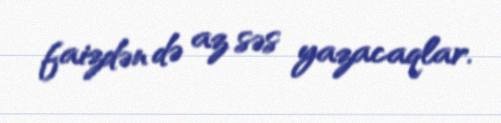
faizdən də az səs yazacaqlar.